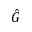
\hat { G }